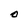
Character: O